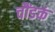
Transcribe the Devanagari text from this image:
चौंडकं